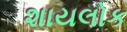
શાયલોક